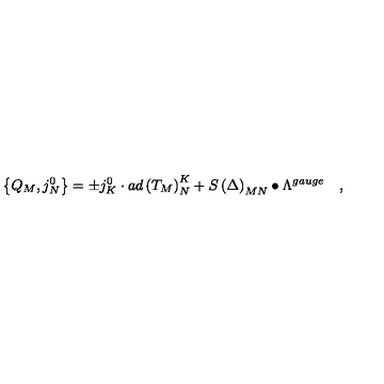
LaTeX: \left\{ Q _ { M } , j _ { N } ^ { 0 } \right\} = \pm j _ { K } ^ { 0 } \cdot a d \left( T _ { M } \right) _ { N } ^ { K } + S \left( \Delta \right) _ { M N } \bullet \Lambda ^ { g a u g e } \quad ,